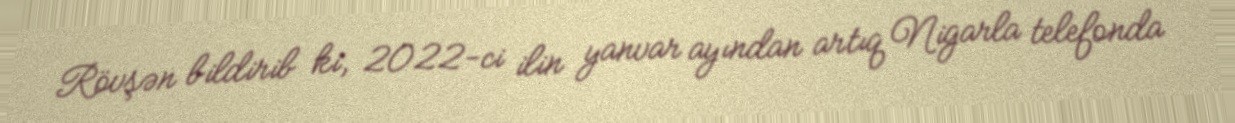
Rövşən bildirib ki, 2022-ci ilin yanvar ayından artıq Nigarla telefonda